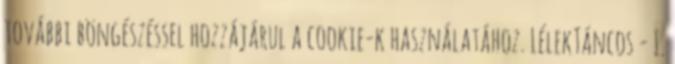
további böngészéssel hozzájárul a cookie-k használatához. LélekTáncos - I.